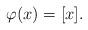
LaTeX: \begin{align*} \varphi(x)=[x].\end{align*}